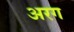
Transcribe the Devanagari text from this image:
अरग